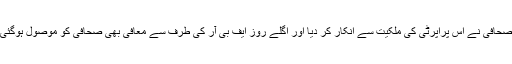
صحافی نے اس پراپرٹی کی ملکیت سے انکار کر دیا اور اگلے روز ایف بی آر کی طرف سے معافی بھی صحافی کو موصول ہوگئی۔